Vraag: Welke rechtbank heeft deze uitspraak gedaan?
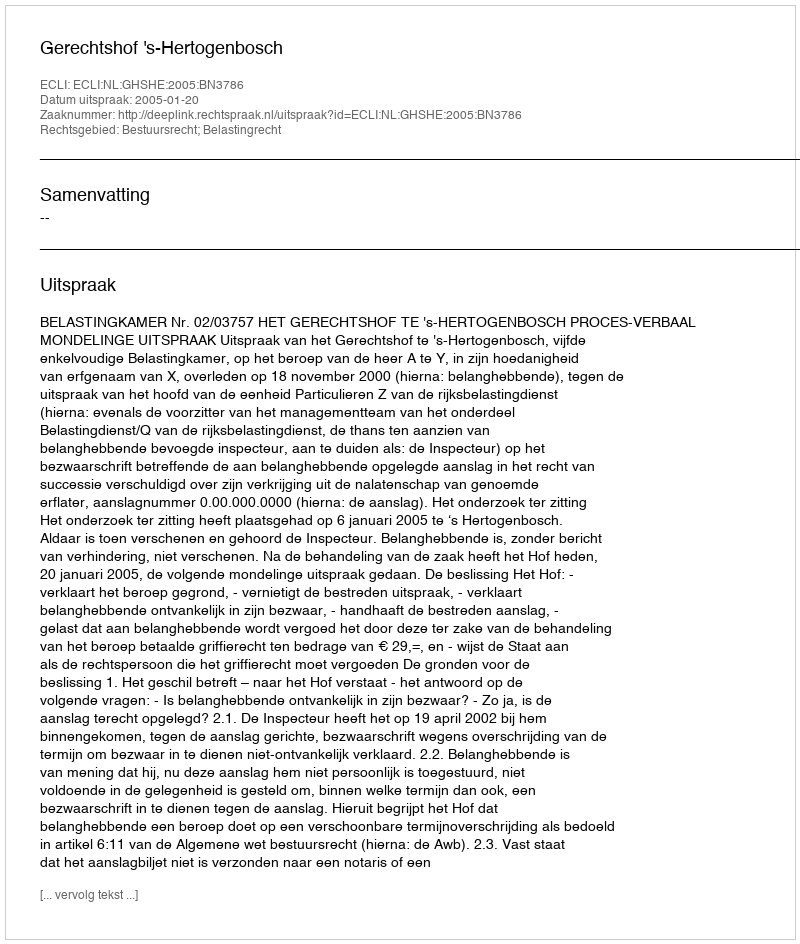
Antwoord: Gerechtshof 's-Hertogenbosch